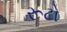
રૂટો